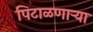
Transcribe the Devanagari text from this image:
पिटाळणाऱ्या